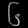
Digit: ၆